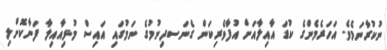
ނުކުރާނަމެވެ. އަހަރެމެންގެ ކުޑަ އާއިލާއަށް އުފާވެރިކަން ގެނަސދިނުމުގެ ނަމުގައި އައިސް މުޅިއާއިލާ ފަނާކޮށްލި